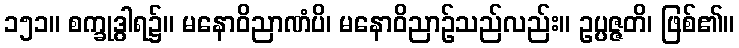
၁၅၁။ စက္ခုဒွါရ၌။ မနောဝိညာဏံပိ၊ မနောဝိညာဉ်သည်လည်း။ ဥပ္ပဇ္ဇတိ၊ ဖြစ်၏။